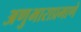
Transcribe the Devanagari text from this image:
अणुभाराप्रमाणे